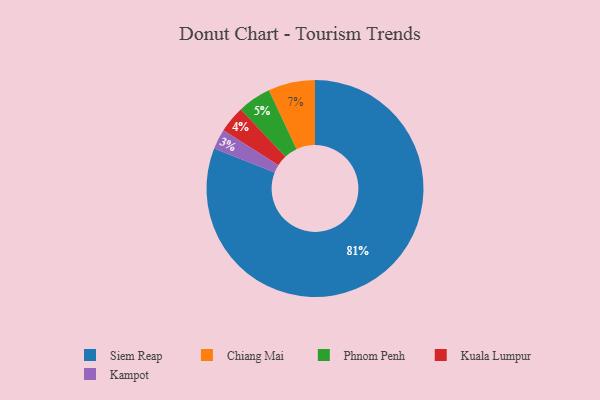
{"axis": {"x": "Category", "y": "Percentage"}, "legend": ["Chiang Mai", "Kampot", "Kuala Lumpur", "Phnom Penh", "Siem Reap"], "data": [{"x": "Chiang Mai", "y": 7, "type": "Chiang Mai"}, {"x": "Siem Reap", "y": 81, "type": "Siem Reap"}, {"x": "Kampot", "y": 3, "type": "Kampot"}, {"x": "Kuala Lumpur", "y": 4, "type": "Kuala Lumpur"}, {"x": "Phnom Penh", "y": 5, "type": "Phnom Penh"}]}